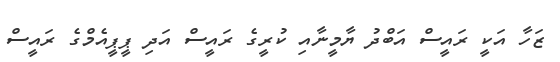
ޒަހާ އަކީ ރައީސް އަބްދު ޔާމީނާއި ކުރީގެ ރައީސް އަދި ޕީޕީއެމްގެ ރައީސް